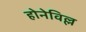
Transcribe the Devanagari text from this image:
होनेविल्ल